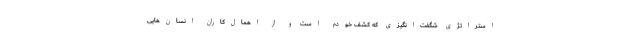
استراتژی شگفت‌انگیزی که کشف خودم است و از اهمال‌کارانْ انسان‌هایی